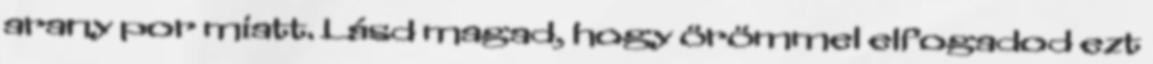
arany por miatt. Lásd magad, hogy örömmel elfogadod ezt